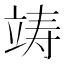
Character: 𮵧